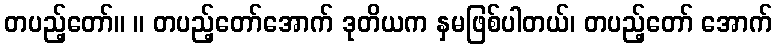
တပည့်တော်။ ။ တပည့်တော်အောက် ဒုတိယက နှမဖြစ်ပါတယ်၊ တပည့်တော် အောက်